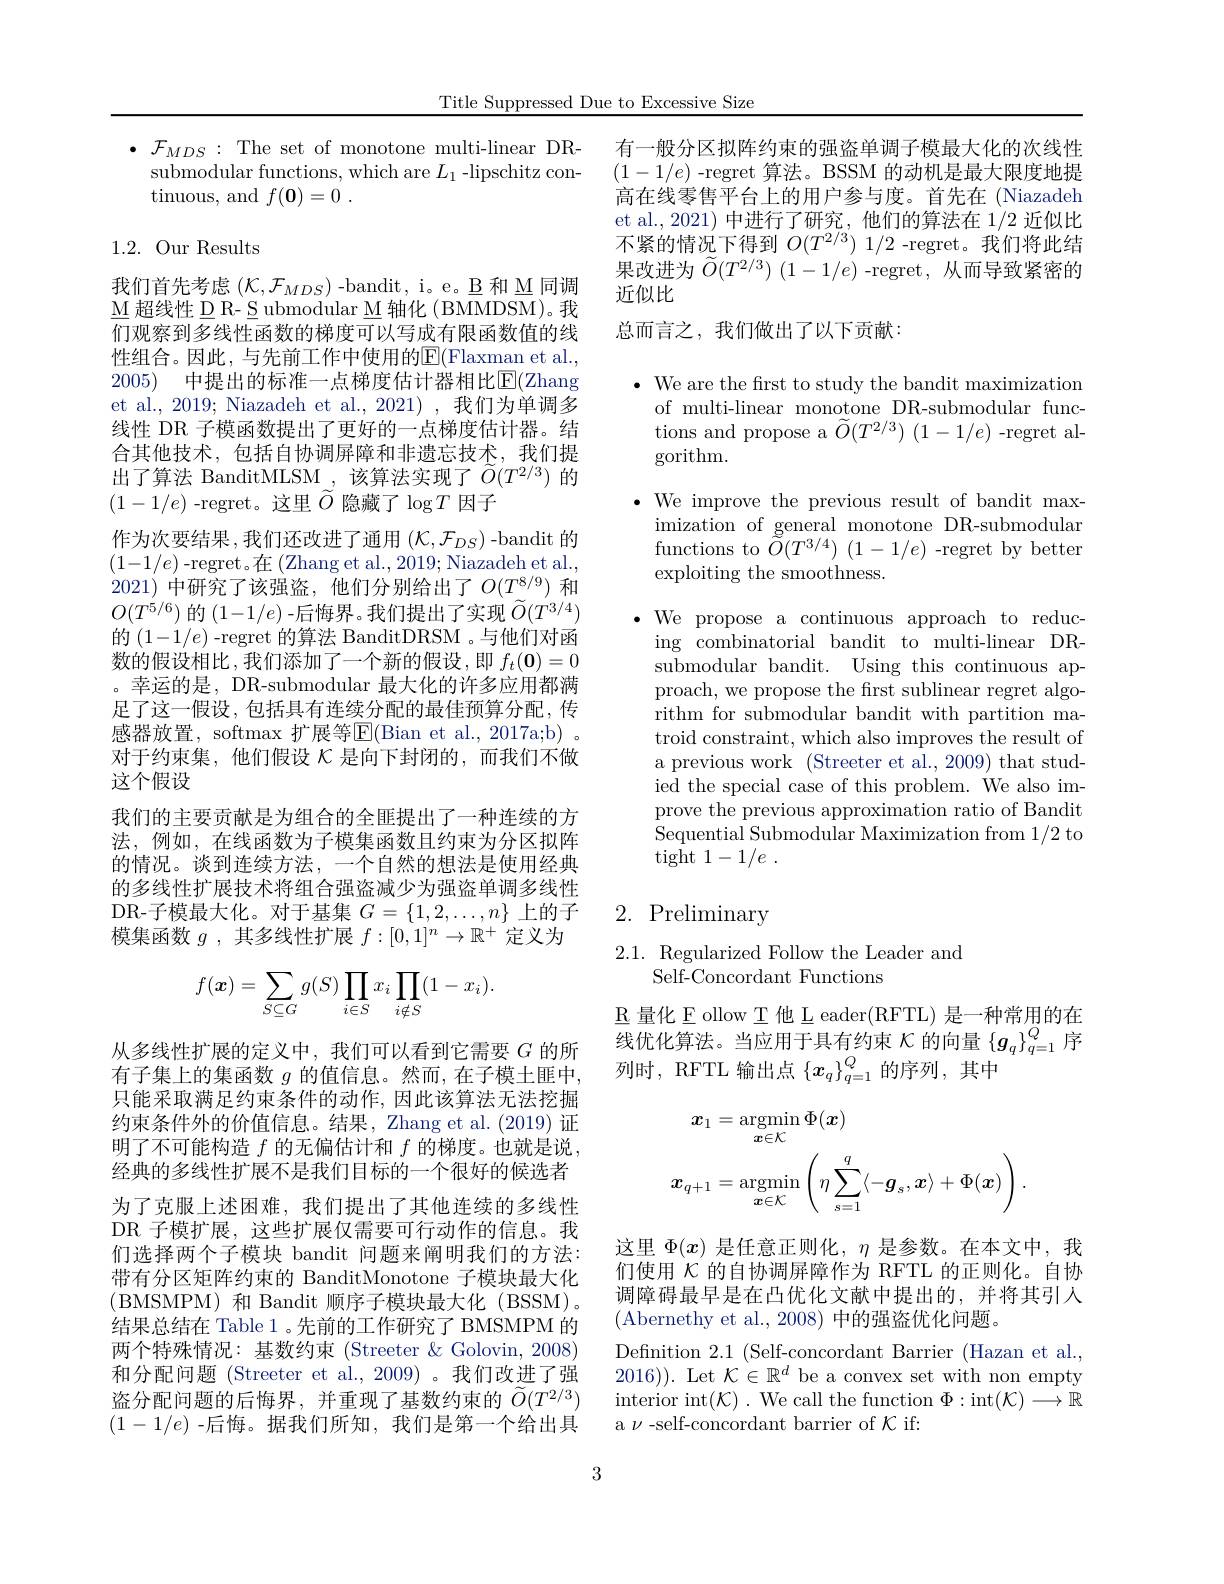
Title Suppressed Due to Excessive Size

$\bullet{\mathcal F}_{MDS}:$The set of monotone multi-linear DR-
submodular functions, which are $L_1$ -lipschitz con-
${\mathrm{tinuous, ~and~}}f( \mathbf{0} ) = 0$ .

1.2. Our Results

我们首先考虑$(\mathcal{K},\mathcal{F}_{MDS})$ -bandit, i。e。B 和 M 同调$\underline{\mathrm{M}}$超线性 D R- S ubmodular M 轴化 (BMMDSM)。我们观察到多线性函数的梯度可以写成有限函数值的线性组合。因此，与先前工作中使用的E(Flaxman et al., 2005) 中提出的标准一点梯度估计器相比$\underline{\mathrm{E}}($Zhang et al., 2019; Niazadeh et al., 2021) , 我们为单调多线性 DR 子模函数提出了更好的一点梯度估计器。结合其他技术，包括自协调屏障和非遗忘技术，我们提出了算法 BanditMLSM $_{\mathrm{~,}}$该算法实现了$\tilde{O}(T^{2/3})$的$(1-1/e)$ -regret。这里$\tilde{O}$隐藏了$\log T$因子
作为次要结果，我们还改进了通用$(\mathcal{K},\mathcal{F}_DS)$ -bandit 的$(1-1/e)$-regret。在(Zhang et al.,2019; Niazadeh et al., 2021) 中研究了该强盗，他们分别给出了$O(T_{\sim}^{8/9})$ 和$O(T^{5/6})$的$(1-1/e)$ -后悔界。我们提出了实现$\widetilde O(T^{3/4})$ 的$(1-1/e)$ -regret 的算法 BanditDRSM 。与他们对函数的假设相比，我们添加了一个新的假设，即$f_t(\mathbf{0})=0$ 。幸运的是，DR-submodular 最大化的许多应用都满足了这一假设，包括具有连续分配的最佳预算分配，传感器放置，softmax 扩展等$\overline{\mathrm{E}}($Bian et al., 2017a;b) 。对于约束集，他们假设$\kappa$是向下封闭的，而我们不做这个假设
我们的主要贡献是为组合的全匪提出了一种连续的方法，例如，在线函数为子模集函数且约束为分区拟阵的情况。谈到连续方法，一个自然的想法是使用经典的多线性扩展技术将组合强盗减少为强盗单调多线性DR-子模最大化。对于基集$G=\{1,2,\ldots,n\}$上的子模集函数$g$ ,其多线性扩展$f:[0,1]^n\to\mathbb{R}^+$定义为
$$f(\boldsymbol{x})=\sum\limits_{S\subseteq G}g(S)\prod\limits_{i\in S}x_i\prod\limits_{i\notin S}(1-x_i).$$
从多线性扩展的定义中，我们可以看到它需要$G$的所有子集上的集函数 $g$ 的值信息。然而，在子模土匪中， 只能采取满足约束条件的动作，因此该算法无法挖掘约束条件外的价值信息。结果，Zhang et al. (2019) 证明了不可能构造$f$的无偏估计和$f$的梯度。也就是说， 经典的多线性扩展不是我们目标的一个很好的候选者为了克服上述困难，我们提出了其他连续的多线性DR 子模扩展，这些扩展仅需要可行动作的信息。我们选择两个子模块 bandit 问题来阐明我们的方法： 带有分区矩阵约束的 BanditMonotone 子模块最大化(BMSMPM) 和 Bandit 顺序子模块最大化 (BSSM)。结果总结在 Table 1 。先前的工作研究了 BMSMPM 的两个特殊情况：基数约束 (Streeter &Golovin,2008) 和分配问题 (Streeter et al., 2009)。我们改进了强盗分配问题的后悔界，并重现了基数约束的$\widetilde{O}(T^{2/3})$ $(1-1/e)$ -后悔。据我们所知，我们是第一个给出具

3

有一般分区拟阵约束的强盗单调子模最大化的次线性$(1-1/e)$-regret 算法。BSSM 的动机是最大限度地提高在线零售平台上的用户参与度。首先在(Niazadeh et al., 2021) 中进行了研究，他们的算法在1/2近似比不紧的情况下得到$O(T^{2/3})$ 1/2 -regret。我们将此结果改进为$\tilde{O}(T^{2/3})$ $(1-1/e)$ -regret, 从而导致紧密的近似比

总而言之，我们做出了以下贡献：

$\bullet$ We are the frst to study the bandit maximization
of multi-linear monotone DR-submodular functions and propose a $\widetilde{O}(T^{2/3})$ $(1-1/e)$ -regret algorithm.

$\bullet$ We improve the previous result of bandit max-
imization of general monotone DR-submodular functions to $\widetilde{O}(T^{3/4})~(1-1/e)~$-regret by better exploiting the smoothness.

$\bullet$ We propose a continuous approach to reduc-
ing combinatorial bandit to multi-linear DRsubmodular bandit. Using this continuous approach, we propose the frst sublinear regret algorithm for submodular bandit with partition matroid constraint, which also improves the result of a previous work (Streeter et al., 2009) that studied the special case of this problem. We also improve the previous approximation ratio of Bandit Sequential Submodular Maximization from 1/2 to tight $1- 1/ e$ .

## 2. Preliminary

## 2.1. Regularized Follow the Leader and Self-Concordant Functions

$\underline{\mathrm{R}}$量化 E ollow T 他 L eader(RFTL) 是一种常用的在线优化算法。当应用于具有约束$\mathcal{K}$的向量$\{\boldsymbol g_q\}_q=1^Q$序列时，RFTL 输出点$\{x_q\}_{q=1}^Q$的序列，其中
$$\begin{aligned}\boldsymbol{x}_{1}&=\operatorname*{argmin}_{\boldsymbol{x}\in\mathcal{K}}\Phi(\boldsymbol{x})\\\boldsymbol{x}_{q+1}&=\operatorname*{argmin}_{\boldsymbol{x}\in\mathcal{K}}\left(\eta\sum_{s=1}^{q}\langle-\boldsymbol{g}_{s},\boldsymbol{x}\rangle+\Phi(\boldsymbol{x})\right).\end{aligned}$$
这里$\Phi(x)$是任意正则化，$\eta$是参数。在本文中，我们使用$\kappa$的自协调屏障作为 RFTL 的正则化。自协调障碍最早是在凸优化文献中提出的，并将其引人(Abernethy et al., 2008) 中的强盗优化问题。
Definition 2.1 (Self-concordant Barrier (Hazan et al., 2016)). Let $\mathcal{K}\in\mathbb{R}^d$ be a convex set with non empty interior int$(\mathcal{K}).$ We call the function $\Phi:$int$(\mathcal{K})\longrightarrow\mathbb{R}$ a$\nu$-self-concordant barrier of$\mathcal{K}$if: